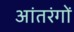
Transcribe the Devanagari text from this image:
आंतरंगों